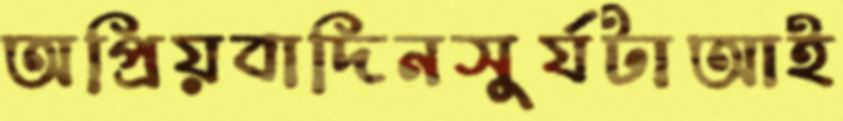
অপ্রিয়বাদিনসুর্যটাআই